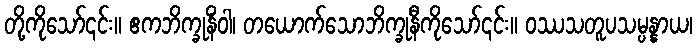
တို့ကိုသော်၎င်း။ ဧကဘိက္ခုနိံဝါ၊ တယောက်သောဘိက္ခုနီကိုသော်၎င်း။ ဝဿသတူပသမ္ပန္နာယ၊